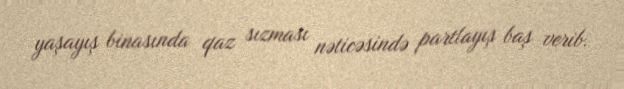
yaşayış binasında qaz sızması nəticəsində partlayış baş verib.